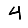
Digit: 4